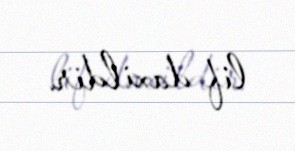
lif daxildir.